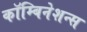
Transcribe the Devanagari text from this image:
कॉम्बिनेशन्स